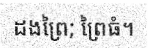
ដងព្រៃ; ព្រៃធំ។